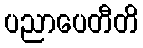
ပညာပေတီတိ